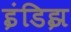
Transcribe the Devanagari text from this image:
इंडिझ